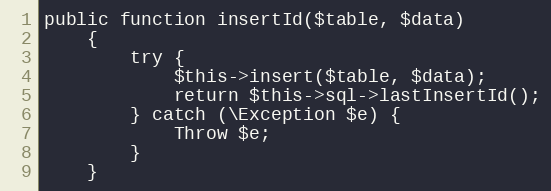
Language: PHP
public function insertId($table, $data)
    {
        try {
            $this->insert($table, $data);
            return $this->sql->lastInsertId();
        } catch (\Exception $e) {
            Throw $e;
        }
    }